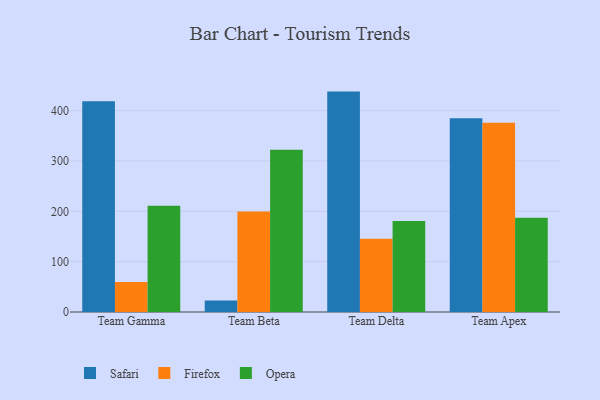
{"axis": {"x": "Team", "y": "Bounce Rate (%)"}, "legend": ["Firefox", "Opera", "Safari"], "data": [{"x": "Team Gamma", "y": 418.6, "type": "Safari"}, {"x": "Team Gamma", "y": 59.4, "type": "Firefox"}, {"x": "Team Gamma", "y": 211.2, "type": "Opera"}, {"x": "Team Beta", "y": 22.8, "type": "Safari"}, {"x": "Team Beta", "y": 199.4, "type": "Firefox"}, {"x": "Team Beta", "y": 322.1, "type": "Opera"}, {"x": "Team Delta", "y": 437.8, "type": "Safari"}, {"x": "Team Delta", "y": 145.3, "type": "Firefox"}, {"x": "Team Delta", "y": 180.6, "type": "Opera"}, {"x": "Team Apex", "y": 384.9, "type": "Safari"}, {"x": "Team Apex", "y": 376.0, "type": "Firefox"}, {"x": "Team Apex", "y": 187.1, "type": "Opera"}]}